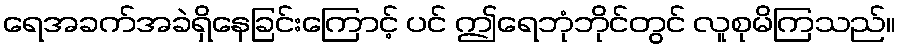
ရေအခက်အခဲရှိနေခြင်းကြောင့် ပင် ဤရေဘုံဘိုင်တွင် လူစုမိကြသည်။